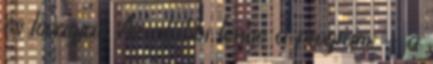
és lovagjait. Az alábbi lenne a program. - a